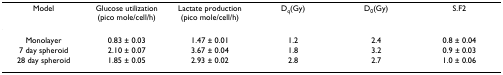
<table><thead><tr><td><b>Model</b></td><td><b>Glucose utilization (pico mole/cell/h)</b></td><td><b>Lactate production (pico mole/cell/h)</b></td><td><b>D<sub>q</sub>(Gy)</b></td><td><b>D<sub>0</sub>(Gy)</b></td><td><b>S.F2</b></td></tr></thead><tbody><tr><td>Monolayer</td><td>0.83 ± 0.03</td><td>1.47 ± 0.01</td><td>1.2</td><td>2.4</td><td>0.8 ± 0.04</td></tr><tr><td>7 day spheroid</td><td>2.10 ± 0.07</td><td>3.67 ± 0.04</td><td>1.8</td><td>3.2</td><td>0.9 ± 0.03</td></tr><tr><td>28 day spheroid</td><td>1.85 ± 0.05</td><td>2.93 ± 0.02</td><td>2.8</td><td>2.7</td><td>1.0 ± 0.06</td></tr></tbody></table>